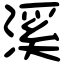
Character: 溪